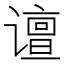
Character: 𰶉